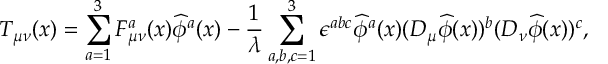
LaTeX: T _ { \mu \nu } ( x ) = \sum _ { a = 1 } ^ { 3 } F _ { \mu \nu } ^ { a } ( x ) \widehat { \phi } ^ { a } ( x ) - \frac { 1 } { \lambda } \sum _ { a , b , c = 1 } ^ { 3 } \epsilon ^ { a b c } \widehat { \phi } ^ { a } ( x ) ( D _ { \mu } \widehat { \phi } ( x ) ) ^ { b } ( D _ { \nu } \widehat { \phi } ( x ) ) ^ { c } ,